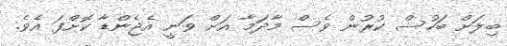
ބިލަށް ބަހުސް ކުރުން ވެސް މާދަމާ އަށް ވަނީ އެޖެންޑާ ކޮށްފަ އެވެ.